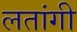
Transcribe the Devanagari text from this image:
लतांगी